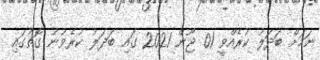
ނަމަށް ބަދަލު ކުރެއްވީ 01 ޖޫން 2021 ގައި ބަދަލު ކުރެވުނު ގޮތުގައި